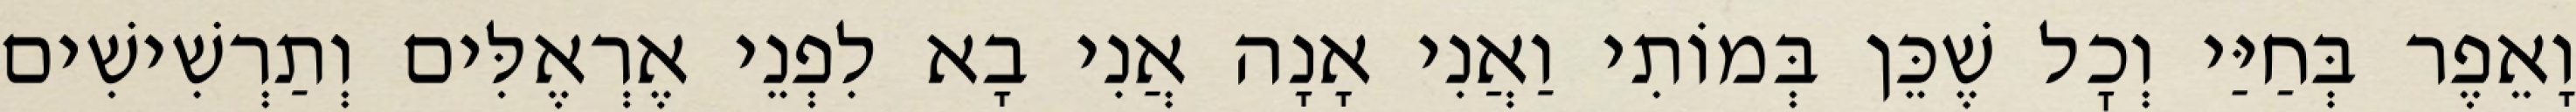
וָאֵפֶר בְּחַיַּי וְכׇל שֶׁכֵּן בְּמוֹתִי וַאֲנִי אָנָה אֲנִי בָא לִפְנֵי אֶרְאֶלִּים וְתַרְשִׁישִׁים